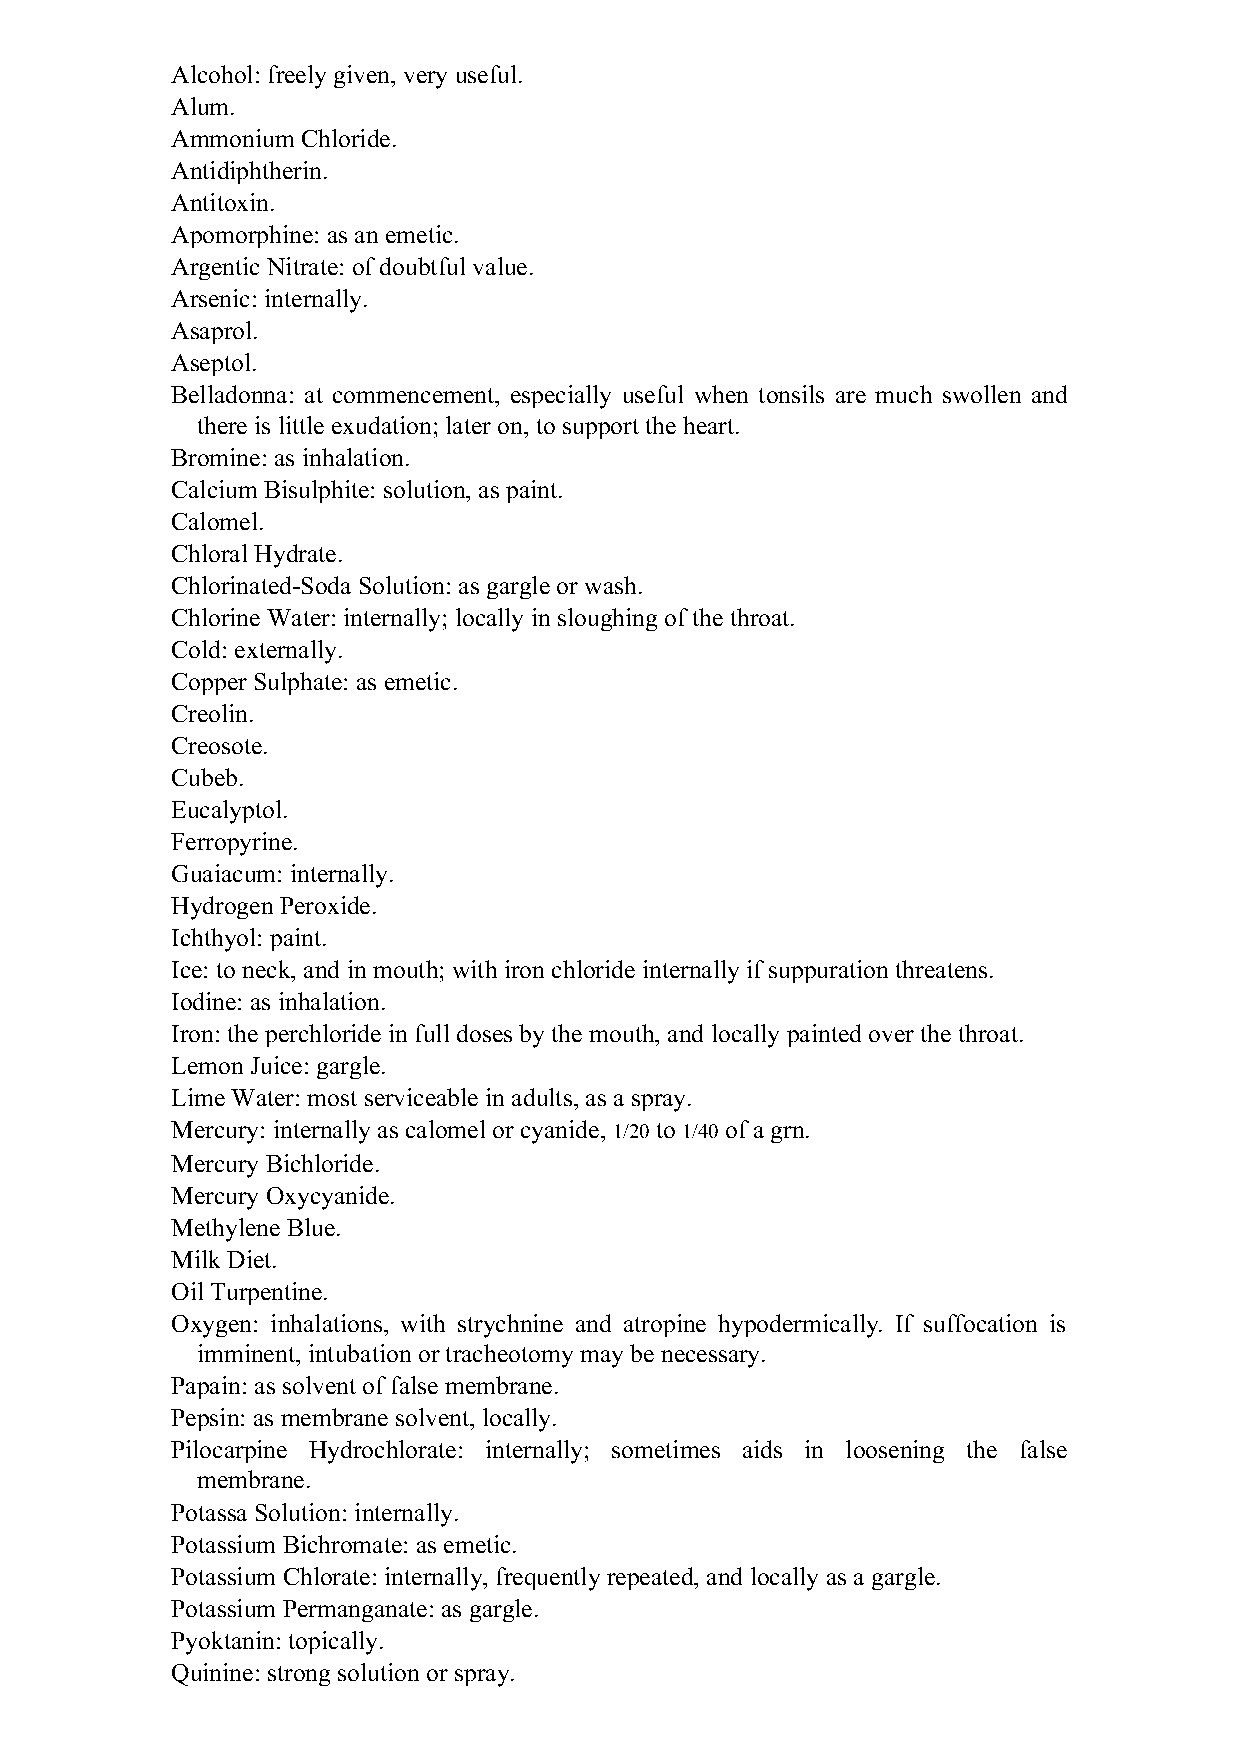
Alcohol: freely given, very useful.
 Alum.
 Ammonium Chloride.
 Antidiphtherin.
 Antitoxin.
 Apomorphine: as an emetic.
 Argentic Nitrate: of doubtful value.
 Arsenic: internally.
 Asaprol.
 Aseptol.
 Belladonna: at commencement, especially useful when tonsils are much swollen and
 there is little exudation; later on, to support the heart.
 Bromine: as inhalation.
 Calcium Bisulphite: solution, as paint.
 Calomel.
 Chloral Hydrate.
 Chlorinated-Soda Solution: as gargle or wash.
 Chlorine Water: internally; locally in sloughing of the throat.
 Cold: externally.
 Copper Sulphate: as emetic.
 Creolin.
 Creosote.
 Cubeb.
 Eucalyptol.
 Ferropyrine.
 Guaiacum: internally.
 Hydrogen Peroxide.
 Ichthyol: paint.
 Ice: to neck, and in mouth; with iron chloride internally if suppuration threatens.
 Iodine: as inhalation.
 Iron: the perchloride in full doses by the mouth, and locally painted over the throat.
 Lemon Juice: gargle.
 Lime Water: most serviceable in adults, as a spray.
 Mercury: internally as calomel or cyanide, 1/20 to 1/40 of a grn.
 Mercury Bichloride.
 Mercury Oxycyanide.
 Methylene Blue.
 Milk Diet.
 Oil Turpentine.
 Oxygen: inhalations, with strychnine and atropine hypodermically. If suffocation is
 imminent, intubation or tracheotomy may be necessary.
 Papain: as solvent of false membrane.
 Pepsin: as membrane solvent, locally.
 Pilocarpine Hydrochlorate: internally; sometimes aids in loosening the false
 membrane.
 Potassa Solution: internally.
 Potassium Bichromate: as emetic.
 Potassium Chlorate: internally, frequently repeated, and locally as a gargle.
 Potassium Permanganate: as gargle.
 Pyoktanin: topically.
 Quinine: strong solution or spray.